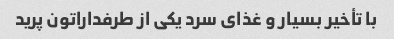
با تأخیر بسیار و غذای سرد یکی از طرفداراتون پرید